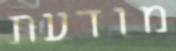
מודעת